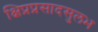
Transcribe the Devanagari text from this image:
क्षिप्रप्रसादसुलभ